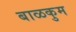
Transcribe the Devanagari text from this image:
बाळकुम